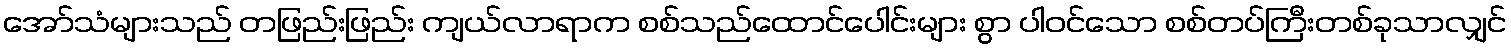
အော်သံများသည် တဖြည်းဖြည်း ကျယ်လာရာက စစ်သည်ထောင်ပေါင်းများ စွာ ပါဝင်သော စစ်တပ်ကြီးတစ်ခုသာလျှင်